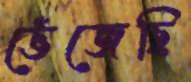
ভেঁজেছি